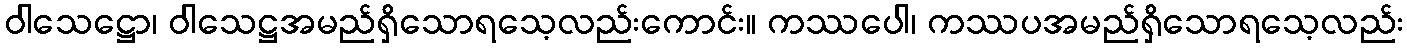
ဝါသေဋ္ဌော၊ ဝါသေဋ္ဌအမည်ရှိသောရသေ့လည်းကောင်း။ ကဿပေါ၊ ကဿပအမည်ရှိသောရသေ့လည်း